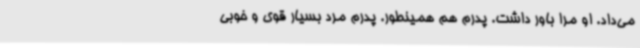
می‌داد. او مرا باور داشت. پدرم هم همینطور. پدرم مرد بسیار قوی و خوبی